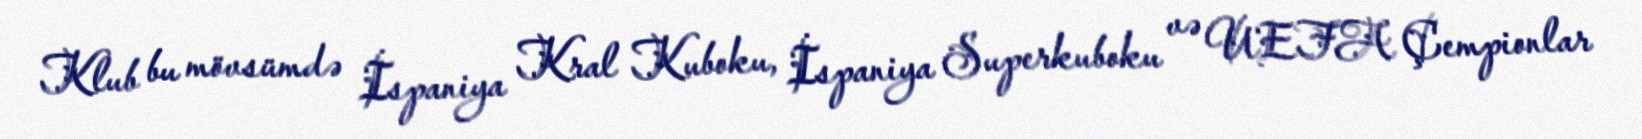
Klub bu mövsümdə İspaniya Kral Kuboku, İspaniya Superkuboku və UEFA Çempionlar